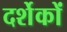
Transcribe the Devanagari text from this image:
दर्शेकों